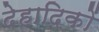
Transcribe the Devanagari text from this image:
देहादिकों